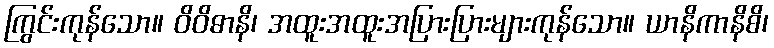
ကြွင်းကုန်သော။ ဝိဝိဓာနိ၊ အထူးအထူးအပြားပြားများကုန်သော။ ယာနိကာနိစိ၊